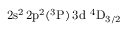
\mathrm { 2 s ^ { 2 } \, 2 p ^ { 2 } ( ^ { 3 } P ) \, 3 d ~ ^ { 4 } D _ { 3 / 2 } }